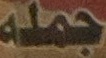
جملة